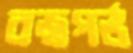
বজ্রগর্ভ